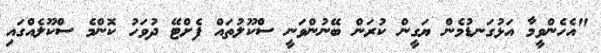
"އެހެންވީމާ އަޅުގަނޑުމެން ޔަގީން ކުރަން ބޭނުންވަނީ ސްކޫލުތައް ފެށްޓޭ ދުވަހު ކޮންމެ ސްކޫލެއްގައި